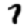
Digit: 7